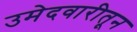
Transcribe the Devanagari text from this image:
उमेदवारीतून